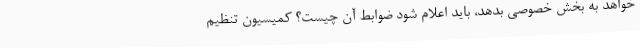
‌خواهد به بخش خصوصی بدهد، باید اعلام شود ضوابط آن چیست؟ کمیسیون تنظیم